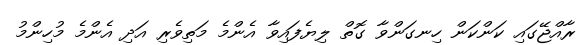
ރާއްޖޭގައި ކަންކަން ހިނގަންވާ ގޮތް ލިޔެފައިވާ އެންމެ މަތިވެރި އަދި އެންމެ މުހިންމު